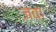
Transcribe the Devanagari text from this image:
जवा